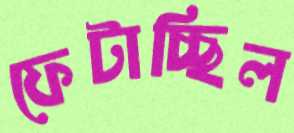
ফেটাচ্ছিল